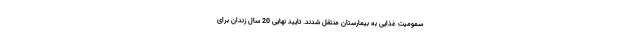
سمومیت غذایی به بیمارستان منتقل شدند. تایید نهایی 20 سال زندان برای